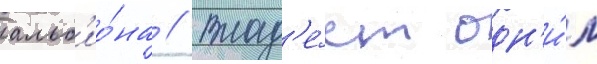
альб'ио́на // Влад'е́ет одн'и́м